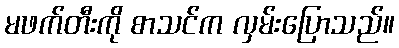
မဖက်တီးကို စာသင်က လှမ်းပြောသည်။